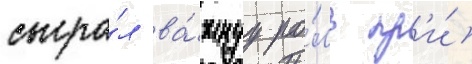
сыгра́л ва́жнуу ро́ль пр'и́